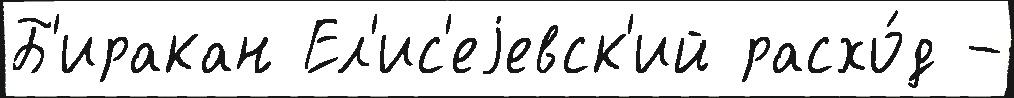
Б'иракан Ел'ис'еjевск'ий расхо́д -